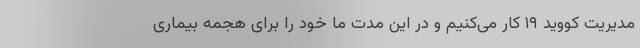
مدیریت کووید ۱۹ کار می‌کنیم و در این مدت ما خود را برای هجمه بیماری